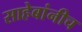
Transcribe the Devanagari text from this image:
साहेबांनीच